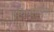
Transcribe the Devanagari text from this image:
वैविधतापूर्ण